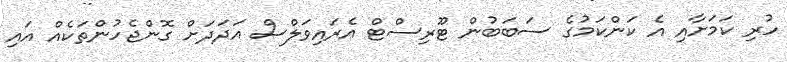
ހުރި ކަމަށާއި އެ ކަންކަމުގެ ސަބަބުން ޓޫރިސްޓް އެރައިވަލްސް އަދަދަށް ގޮންޖެހުންތަކެއް އައި